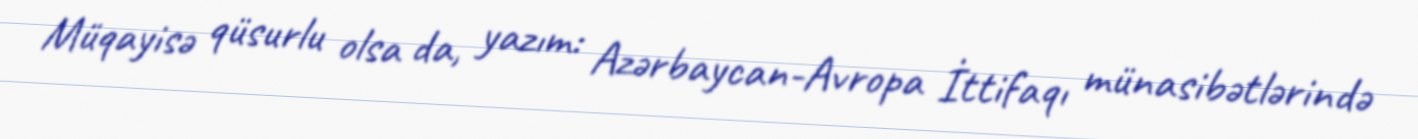
Müqayisə qüsurlu olsa da, yazım: Azərbaycan-Avropa İttifaqı münasibətlərində